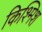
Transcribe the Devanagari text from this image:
किश्मिश